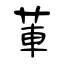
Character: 莗